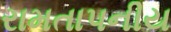
રામતાપનીય